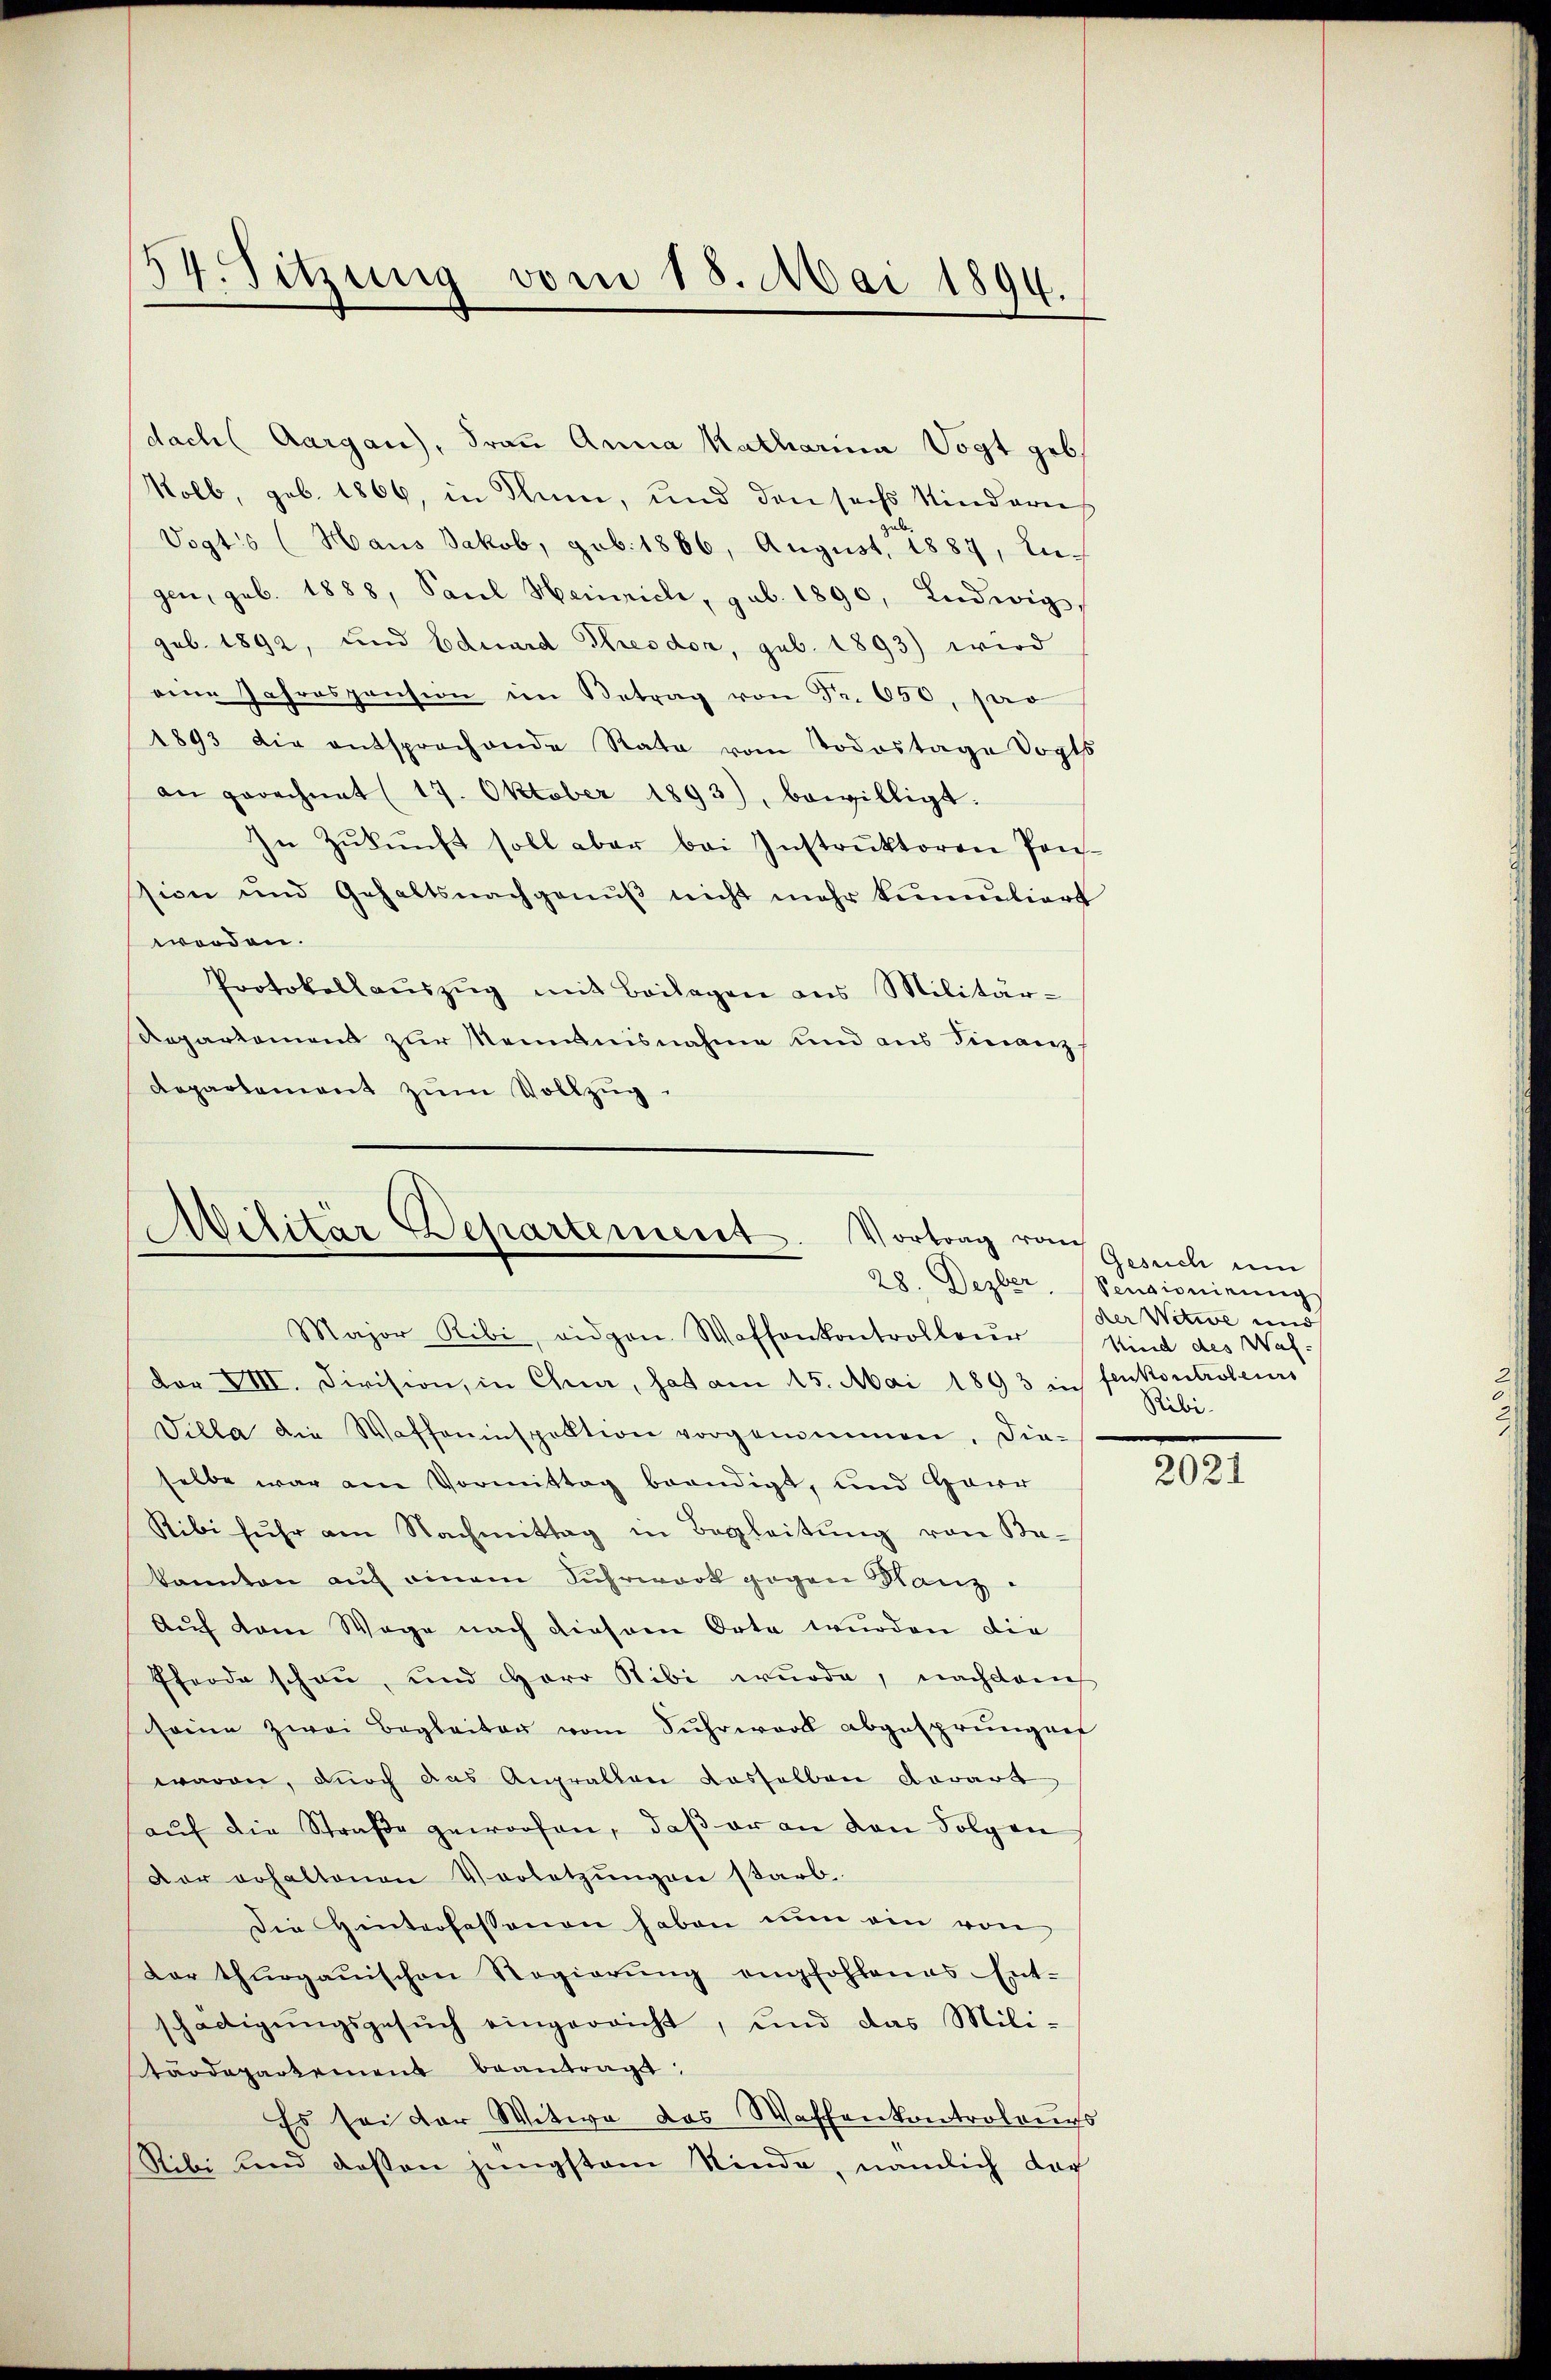
54. Sitzung vom 18. Mai 1894.

dach Aargau), Frau Anna Katharina Vogt geb.
Kolb, geb. 1866, in Thun, und den sechs Kinderus
Vogts (Haus Jakob, sub. 1886, August, 1887, Lugen, geb. 1888, Paul Heinrich, sub. 1890, Ludwig
geb. 1892, und Eduard Kresdor, sub. 1893) wird
eine Jahrespension im Betrag von Nr. 650, par
1893 die entsprochende Rata vom Todestage Vogts
an gerechnet (17. Oktober 1893), bewilligt.
In Zŭkŭnft soll aber bei Instrŭktoren Pons-
sion und Gehaltsnachgenŭβ nicht mehr kantiert
worden.
Protokollaŭszŭg mit Beilagen ans Militär-
Repartement zur Kenntnisnahme und aus Finanz¬
Repartement zum Vollzug.

Militär Departement. Vortrag von
Major Ribi, viden Waffenkontrolleur Kind des Was-

dor VIII. Division, in Chur, hat am 15. Mai 1893 in fenkontroleurs
Villa die Waffeninspektion vorgenommen. Die-
selbe war am Vormittag beendigt, und Harr
Ribi fŭhr am Nachmittag in Begleitŭng von Be-
kannten auf einem Fuhrwort gegen Kanz¬
Auf dem Wege nach diesem Orte wurden die
Pferde schon, und Herr Stibi wurde, nachdems
seine zwei Begleiter vom Sŭhrwort abgesprungen
waren, durch das Angralten dasselben derart
aŭf die Straβe geworfen, daβ er an den Folgen
Der erhaltenen Verletzŭngen starb.
Die Hinterfassenen haben nun ein von
dar thurgauischen Regierung empfohlenes Ent-
schädigŭngsgesŭch eingerricht, und das Mili-
tärdepartement beantragt:
Es sei der Witwe das Waffenkontrolangs
Ribi und dessen jüngstem Kinde, nämlich dar

Gesuch um
28. Dezber, Sentionirung
der Witwe und
Ribi

2021